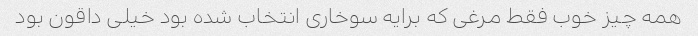
همه چیز خوب فقط مرغی که برایه سوخاری انتخاب شده بود خیلی داقون بود